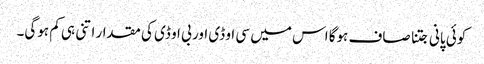
کوئی پانی جتنا صاف ہوگا اس میں سی او ڈی اور بی او ڈی کی مقدار اتنی ہی کم ہوگی۔